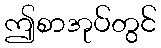
ဤစာအုပ်တွင်